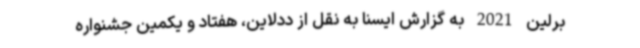
برلین 2021 به گزارش ایسنا به نقل از ددلاین، هفتاد و یکمین جشنواره